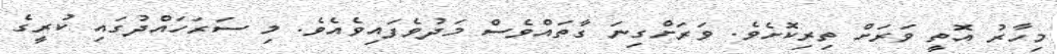
މިހާރު އޮތީ ވަރަށް ތިރިކޮށެވެ. ވަރަށްގިނަ ގާތައްވެސް މަދުވެފައިވެއެވެ. މި ސަރަހައްދުގައި ކުރީގެ